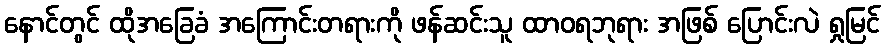
နောင်တွင် ထိုအခြေခံ အကြောင်းတရားကို ဖန်ဆင်းသူ ထာဝရဘုရား အဖြစ် ပြောင်းလဲ ရှုမြင်